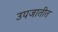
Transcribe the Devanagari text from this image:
उपजातीत